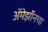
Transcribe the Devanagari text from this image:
अॅमेझॉनचा